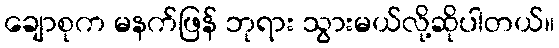
ချောစုက မနက်ဖြန် ဘုရား သွားမယ်လို့ဆိုပါတယ်။